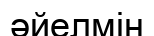
әйелмін